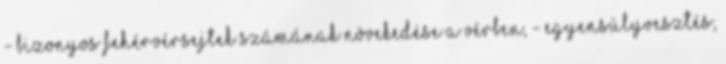
- bizonyos fehérvérsejtek számának növekedése a vérben, - egyensúlyvesztés,